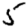
Digit: 5